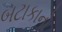
બટાકાનો